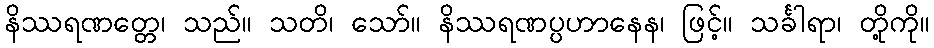
နိဿရဏတ္တေ၊ သည်။ သတိ၊ သော်။ နိဿရဏပ္ပဟာနေန၊ ဖြင့်။ သင်္ခါရာ၊ တို့ကို။